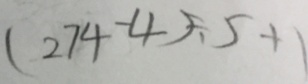
( 2 7 4 - 4 ) \div 5 + 1